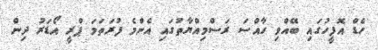
ހެޑް އޮފީހުގައި ބޭއްވި ހާއްސަ ރަސްމިއްޔާތުގައި އެންމެ ފުރަތަމަ ޕްރީ އޯޑަރު ދިން